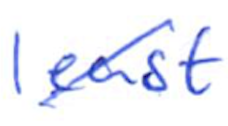
Text: least
Cross-out: diagonal
Writing tool: ballpoint